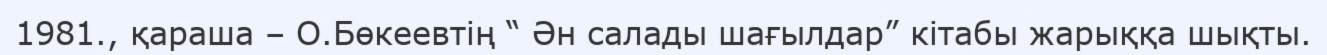
1981., қараша – О.Бөкеевтің “ Ән салады шағылдар” кітабы жарыққа шықты.